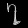
Digit: ၇